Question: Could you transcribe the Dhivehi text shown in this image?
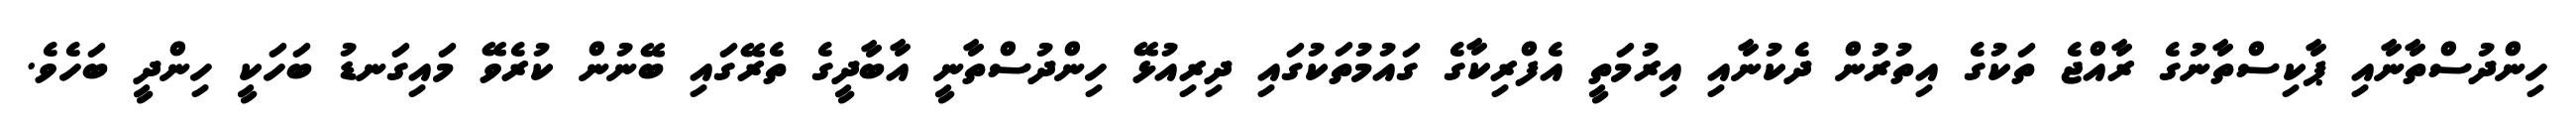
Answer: ހިންދުސްތާނާއި ޕާކިސްތާނުގެ ރާއްޖެ ތަކުގެ އިތުރުން ދެކުނާއި އިރުމަތީ އެފްރިކާގެ ގައުމުތަކުގައި ދިރިއުޅޭ ހިންދުސްތާނީ އާބާދީގެ ތެރޭގައި ބޭނުން ކުރެވޭ މައިގަނޑު ބަހަކީ ހިންދީ ބަހެވެ.